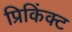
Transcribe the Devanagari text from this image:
प्रिकिंक्ट